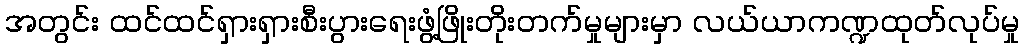
အတွင်း ထင်ထင်ရှားရှားစီးပွားရေးဖွံ့ဖြိုးတိုးတက်မှုများမှာ လယ်ယာကဏ္ဍထုတ်လုပ်မှု